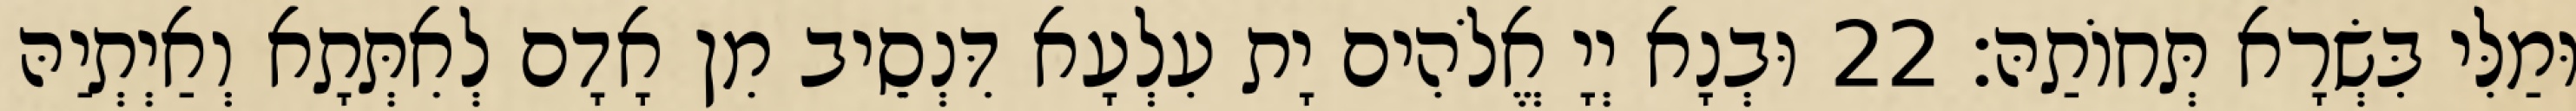
וּמַלִּי בִּשְׂרָא תְּחוֹתַהּ׃ 22 וּבְנָא יְיָ אֱלֹהִים יָת עִלְעָא דִּנְסֵיב מִן אָדָם לְאִתְּתָא וְאַיְתְיַהּ